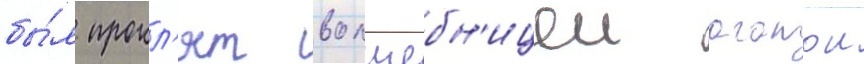
бы́л прокл'ят волшебн'ицеи агатои